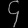
Digit: ၄